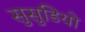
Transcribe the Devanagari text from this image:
सुसुडियो